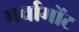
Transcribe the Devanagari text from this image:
मर्चामोंट